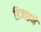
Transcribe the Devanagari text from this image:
डिजाइने